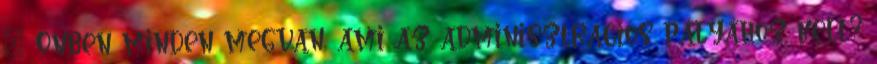
– Önben minden megvan, ami az adminisztrációs pályához kell?